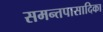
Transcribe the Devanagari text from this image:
समन्तपासादिका